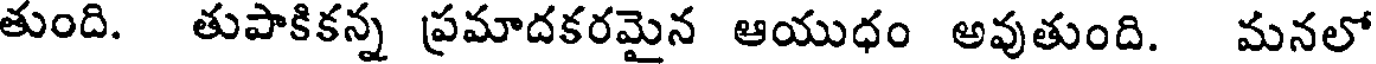
తుంది. తుపాకికన్న ప్రమాదకరమైన ఆయుధం అవుతుంది. మనలో